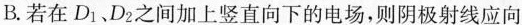
B.若在D_{1}、D_{2}之间加上竖直向下的电场，则阴极射线应向